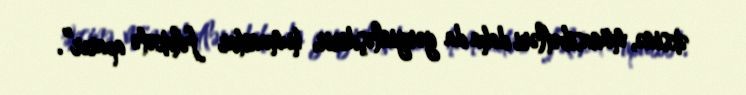
əksinə, münasibətləri daha da gərginləşdirir, humanitar fəlakətə aparır”.